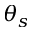
\theta _ { s }